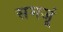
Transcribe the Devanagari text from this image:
समजूं